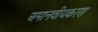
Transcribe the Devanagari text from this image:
अमानवीयकरण